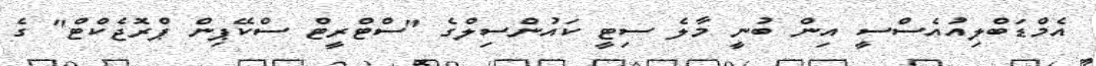
އެމްޑަބްލިއުއެސްސީ އިން ބުނީ މާލެ ސިޓީ ކައުންސިލްގެ "ސްޓްރީޓް ސްކޭޕިން ޕްރޮޖެކްޓް" ގެ